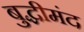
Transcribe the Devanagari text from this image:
बुद्धीमंद